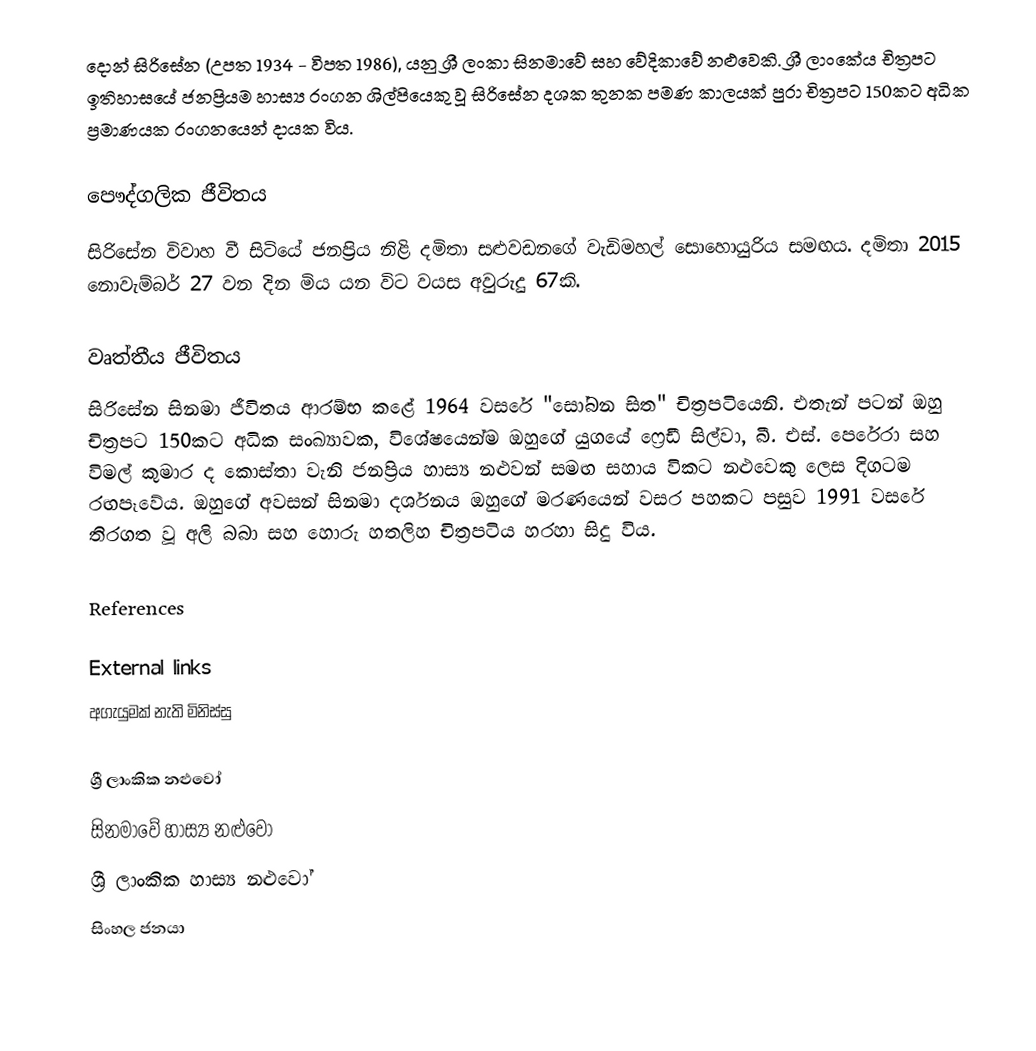
දොන් සිරිසේන (උපත 1934 - විපත 1986), යනු ශ්‍රී ලංකා සිනමාවේ සහ වේදිකාවේ නළුවෙකි. ශ්‍රී ලාංකේය චිත්‍රපට ඉතිහාසයේ ජනප්‍රියම හාස්‍ය රංගන ශිල්පියෙකු වූ සිරිසේන දශක තුනක පමණ කාලයක් පුරා චිත්‍රපට 150කට අධික ප්‍රමාණයක රංගනයෙන් දායක විය.

පෞද්ගලික ජීවිතය
සිරිසේන විවාහ වී සිටියේ ජනප්‍රිය නිළි දමිතා සළුවඩනගේ වැඩිමහල් සොහොයුරිය සමඟය. දමිතා 2015 නොවැම්බර් 27 වන දින මිය යන විට වයස අවුරුදු 67කි.

වෘත්තීය ජීවිතය
සිරිසේන සිනමා ජීවිතය ආරම්භ කළේ 1964 වසරේ "සෝබන සිත" චිත්‍රපටියෙනි. එතැන් පටන් ඔහු චිත්‍රපට 150කට අධික සංඛ්‍යාවක, විශේෂයෙන්ම ඔහුගේ යුගයේ ෆ්‍රෙඩී සිල්වා, බී. එස්. පෙරේරා සහ විමල් කුමාර ද කොස්තා වැනි ජනප්‍රිය හාස්‍ය නළුවන් සමඟ සහාය විකට නළුවෙකු ලෙස දිගටම රඟපෑවේය. ඔහුගේ අවසන් සිනමා දර්ශනය ඔහුගේ මරණයෙන් වසර පහකට පසුව 1991 වසරේ තිරගත වූ අලි බබා සහ හොරු හතලිහ චිත්‍රපටිය හරහා සිදු විය.

References

External links
 අගැයුමක් නැති මිනිස්සු

ශ්‍රී ලාංකික නළුවෝ
සිනමාවේ හාස්‍ය නළුවෝ
ශ්‍රී ලාංකික හාස්‍ය නළුවෝ
සිංහල ජනයා